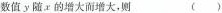
数值y随的增大而增大，则 ( )